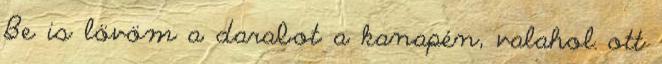
Be is lövöm a darabot a kanapén, valahol ott